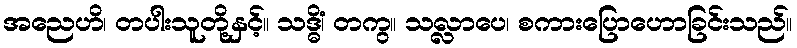
အညေဟိ၊ တပါးသူတို့နှင့်။ သဒ္ဓိံ၊ တကွ။ သလ္လာပေ၊ စကားပြောဟောခြင်းသည်။